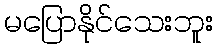
မပြောနိုင်သေးဘူး